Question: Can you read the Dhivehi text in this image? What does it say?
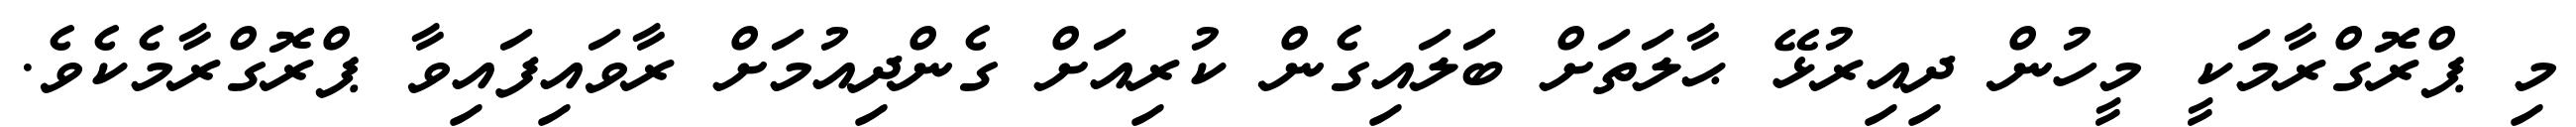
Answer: މި ޕްރޮގްރާމަކީ މީހުން ދިއިރުޅޭ ޙާލަތަށް ބަލައިގެން ކުރިއަށް ގެންދިއުމަށް ރާވައިފައިވާ ޕްރޮގްރާމެކެވެ.